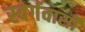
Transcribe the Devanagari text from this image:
स्‍वर्गवासी